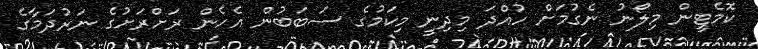
ކޮމެޓީން މިލޯނު ނެގުމަށް ހުއްދަ މިދިނީ މިކަމުގެ ސަބަބުން އެހެން ރަށްރަށުގެ ނަރުދަމާގެ